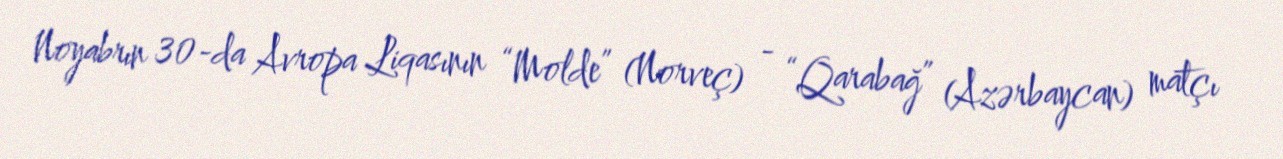
Noyabrın 30-da Avropa Liqasının “Molde” (Norveç) - “Qarabağ” (Azərbaycan) matçı